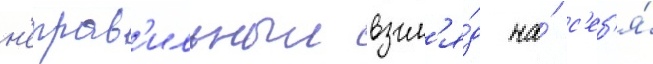
н'еправ'ильныи взгл'я́д на́ с'еб'я́